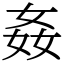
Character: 姦